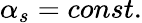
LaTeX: \alpha_{s}=const.